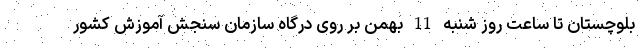
بلوچستان تا ساعت روز شنبه 11 بهمن بر روی درگاه سازمان سنجش آموزش کشور